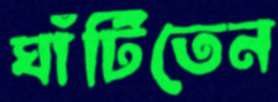
ঘাঁটিতেন